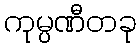
ကုမ္ပဏီတခု